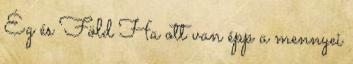
Ég és Föld Ha ott van épp a mennyei